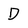
Character: D